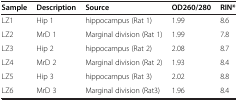
| Sample | Description | Source | OD260/280 | RIN* |
 | --- | --- | --- | --- | --- |
 | LZ1 | Hip 1 | hippocampus (Rat 1) | 1.99 | 8.6 |
 | LZ2 | MrD 1 | Marginal division (Rat 1) | 1.99 | 7.8 |
 | LZ3 | Hip 2 | hippocampus (Rat 2) | 2.08 | 8.7 |
 | LZ4 | MrD 2 | Marginal division (Rat 2) | 1.93 | 8.4 |
 | LZ5 | Hip 3 | hippocampus (Rat 3) | 2.02 | 8.8 |
 | LZ6 | MrD 3 | Marginal division (Rat3) | 1.96 | 8.4 |